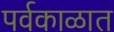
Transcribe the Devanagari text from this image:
पर्वकाळात